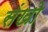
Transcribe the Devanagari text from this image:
संखो